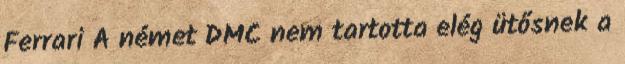
Ferrari A német DMC nem tartotta elég ütősnek a